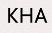
KHA